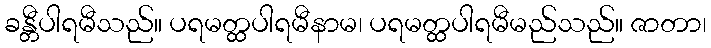
ခန္တီပါရမီသည်။ ပရမတ္ထပါရမီနာမ၊ ပရမတ္ထပါရမီမည်သည်။ ဇာတာ၊